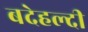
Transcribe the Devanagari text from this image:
बदेहल्दी